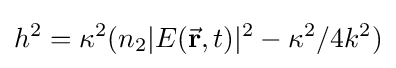
h^{2}=\kappa ^{2}(n_{2}|E({\vec {\mathbf {r} }},t)|^{2}-\kappa ^{2}/4k^{2})